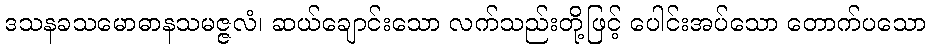
ဒသနခသမောဓာနသမဇ္ဇလံ၊ ဆယ်ချောင်းသော လက်သည်းတို့ဖြင့် ပေါင်းအပ်သော တောက်ပသော